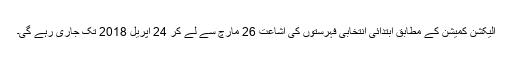
الیکشن کمیشن کے مطابق ابتدائی انتخابی فہرستوں کی اشاعت 26 مارچ سے لے کر 24 اپریل 2018 تک جاری رہے گی۔